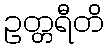
ဥတ္တရီတိ